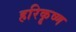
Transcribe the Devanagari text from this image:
हरिकॄष्ण